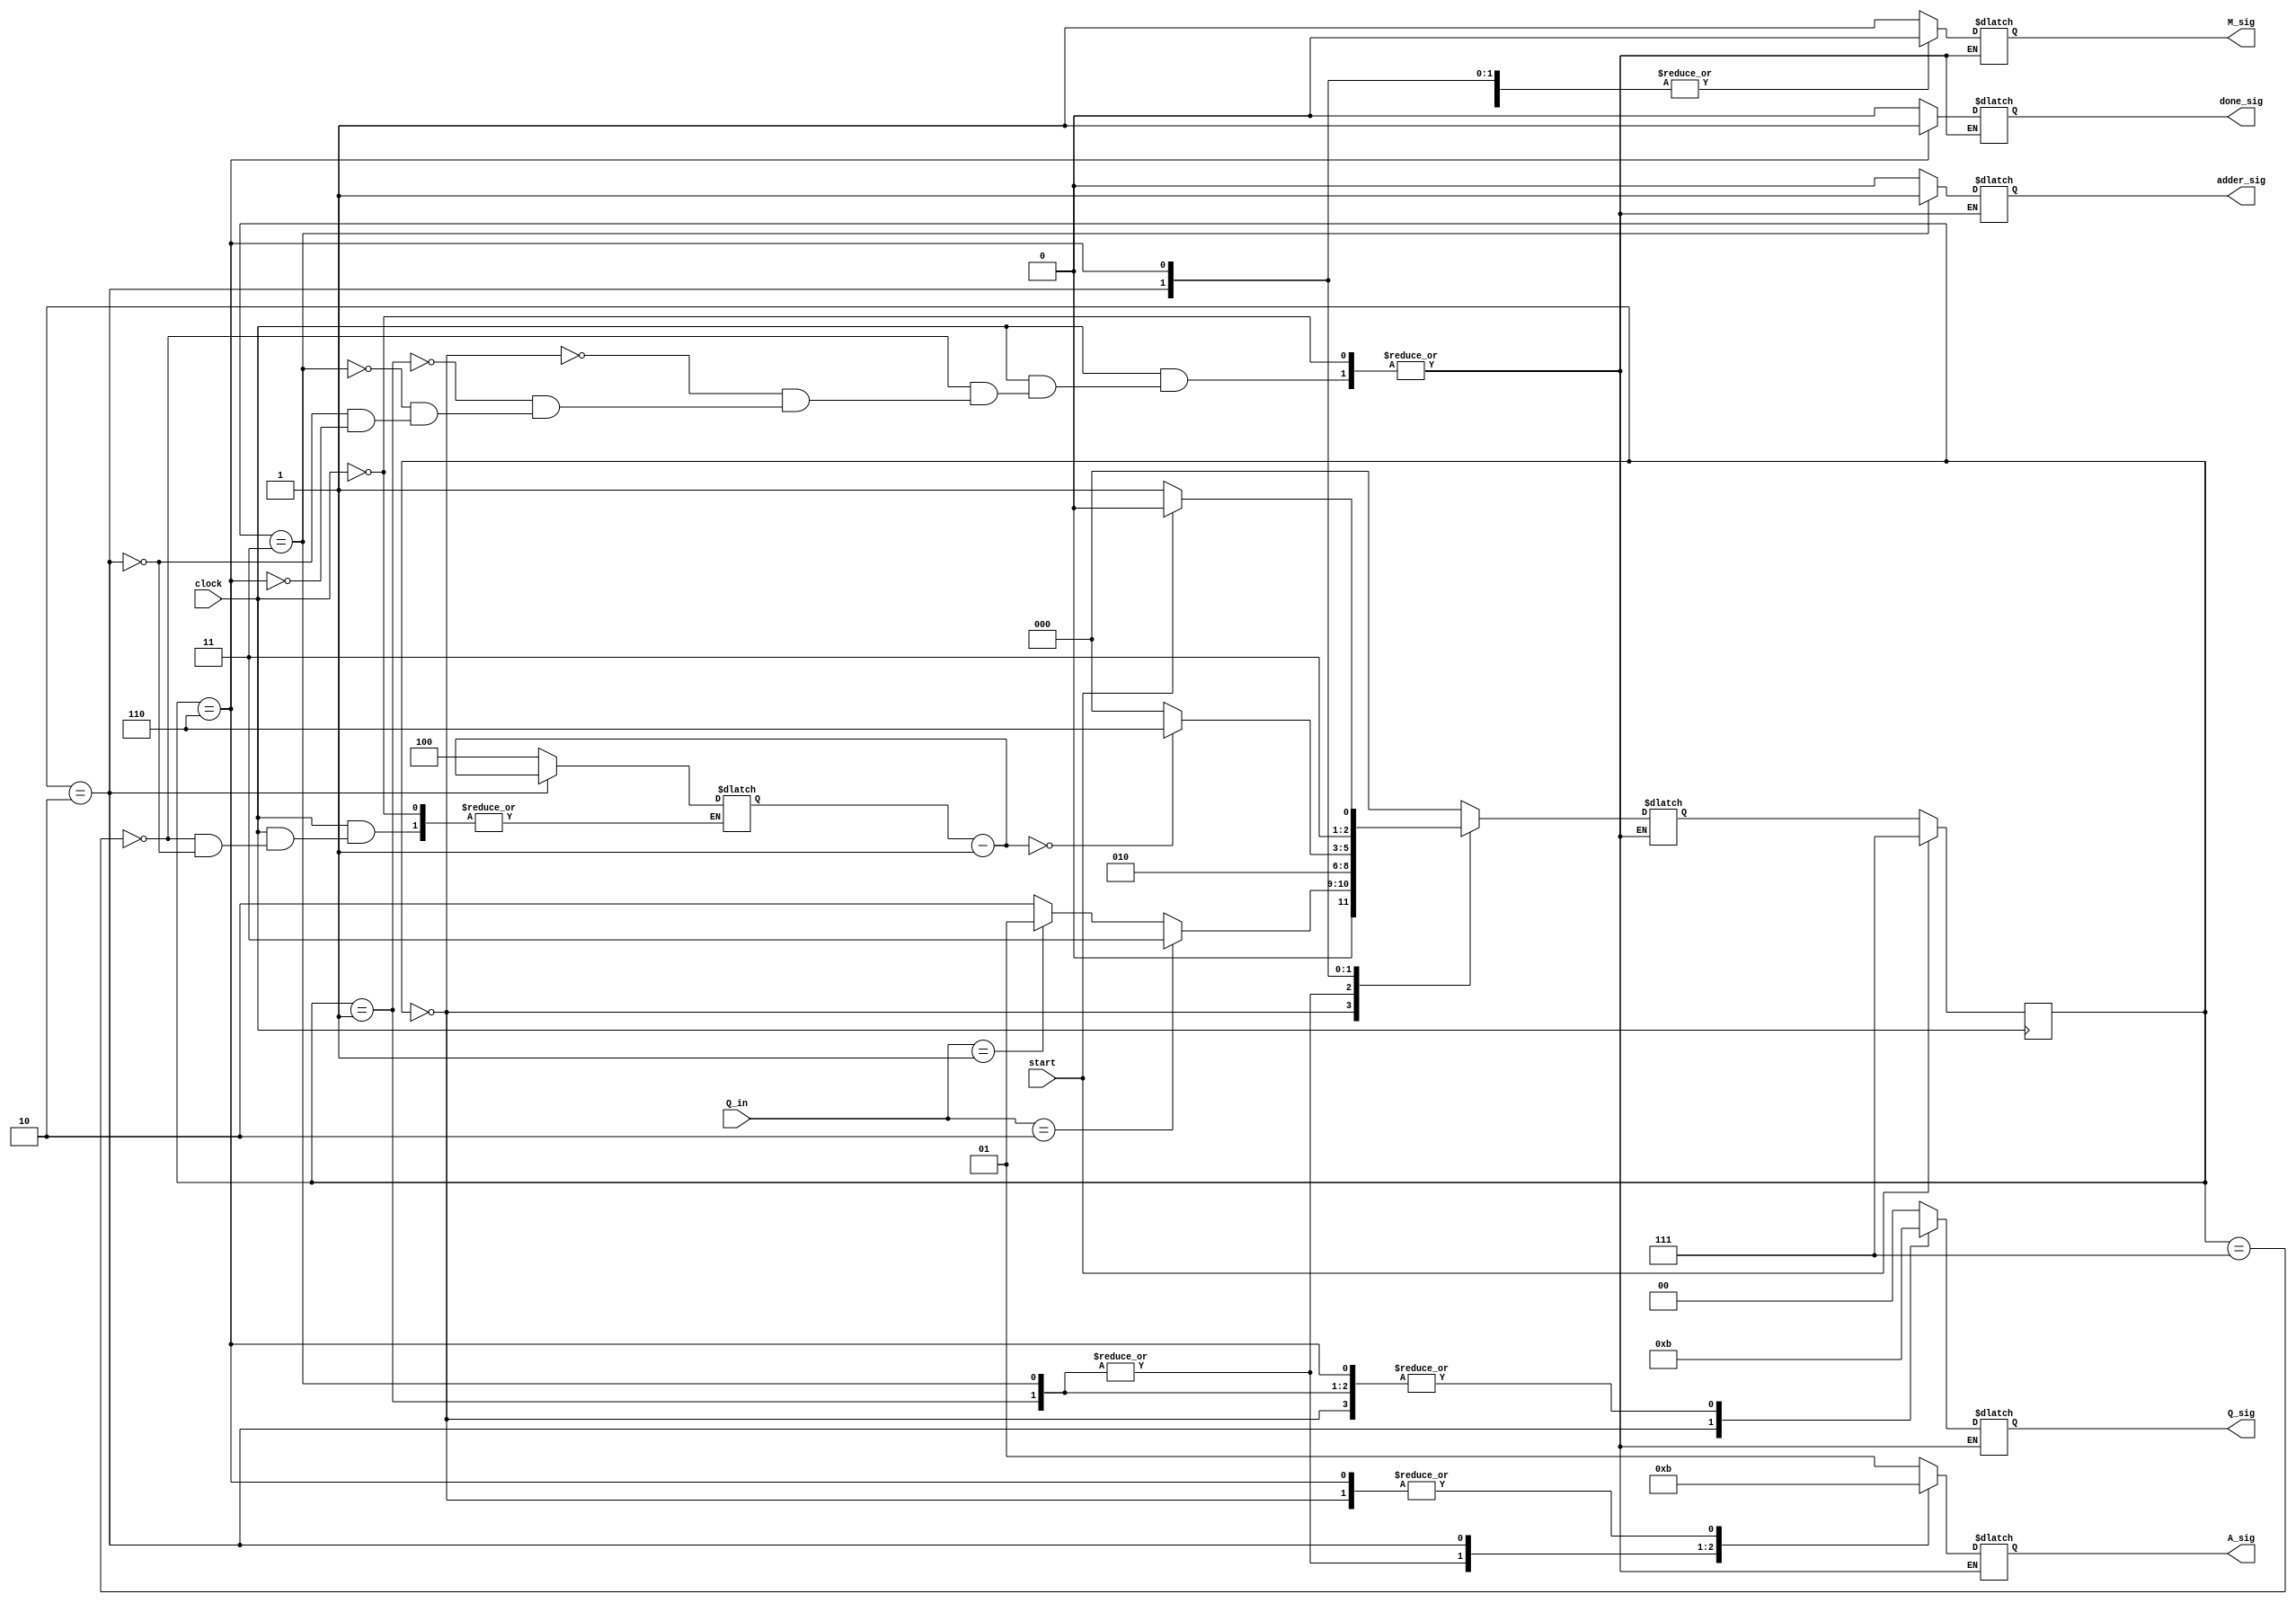
module ControlLogic(Q_in, clock, start, Q_sig, A_sig, done_sig, M_sig, adder_sig);
	input [1:0] Q_in;
	input clock, start;
	output done_sig, M_sig, adder_sig;
	output [1:0] Q_sig, A_sig;

	reg adder_sig, done_sig, M_sig;
	reg [1:0] Q_sig, A_sig;

	parameter /*pragma enum state_parameters auto*/ s0 = 3'b000, s5 = 3'b001, s10 = 3'b011, s15 = 3'b010, start_state=3'b111, end_state = 3'b110; 
	
	parameter Load= 2'b00, Reset= 2'b01, Shift= 2'b10, Hold= 2'b11,
		Add = 1'b0 , Sub = 1'b1,
		LD = 1'b1 , HD = 1'b0;

	reg [2:0] /*pragma enum state_parameters */ NEXT_STATE; reg [2:0] /*pragma enum state_parameters */ PRES_STATE;
	reg [2:0] count;


always @(clock or Q_in) begin
	if (clock == 1'b1) begin
	case(PRES_STATE)
		start_state: begin
			adder_sig=Add;
			A_sig=Reset;
			M_sig=LD;
			Q_sig=Load;
			done_sig = 1'b0;
			NEXT_STATE=s0;
			count = 4;
		end
		s0: begin
			adder_sig=Add;
			A_sig=Hold;
			M_sig=HD;
			Q_sig=Hold;
			done_sig = 1'b0;
			if(Q_in==2'b10) begin NEXT_STATE = s10; end else
			if(Q_in==2'b01) begin NEXT_STATE = s5; end else
			begin NEXT_STATE = s15; end
			$display("Next: %2b -> %2b", NEXT_STATE, Q_in);
		end
		s5: begin
			adder_sig=Add;
			A_sig=Load;
			M_sig=HD;
			Q_sig=Hold;
			done_sig = 1'b0;
			NEXT_STATE = s15;
		end
		s10: begin
			adder_sig=Sub;
			A_sig=Load;
			M_sig=HD;
			Q_sig=Hold;
			done_sig = 1'b0;
			NEXT_STATE = s15;
		end
		s15: begin
			adder_sig=Add;
			A_sig=Shift;
			M_sig=HD;
			Q_sig=Shift;
			done_sig = 1'b0;
			$display("COUNT: %1d", count);
			count = count - 1;
			if(count==0) begin NEXT_STATE = end_state; end else
			begin 
				NEXT_STATE = s0; 
			end
		end
		end_state: begin
			adder_sig=Add;
			A_sig=Hold;
			M_sig=HD;
			Q_sig=Hold;
			done_sig = 1'b1;
			if(start==1) begin 
				NEXT_STATE = end_state;
			end else begin
				NEXT_STATE = start_state;
			end
		end
	endcase
	end
end


always @(posedge clock)
begin
	if (start == 1'b1) PRES_STATE = start_state;
		else PRES_STATE = NEXT_STATE;
end

/*always @(posedge start)
begin
	NEXT_STATE = start_state;
	$display("STATE: %1d | %2b", NEXT_STATE, Q_in);
end */

endmodule